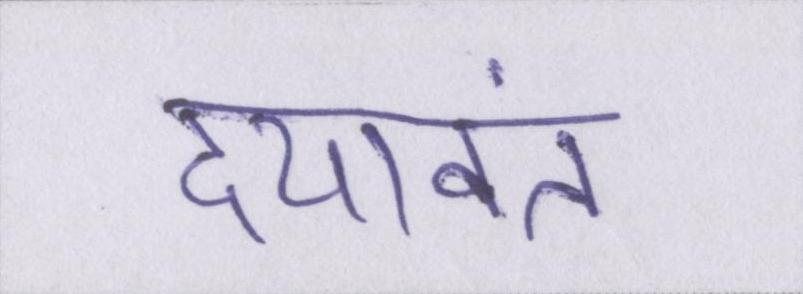
दयावंत